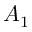
A _ { 1 }